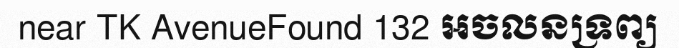
near TK AvenueFound 132 អចលនទ្រព្យ